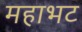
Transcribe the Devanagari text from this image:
महाभट